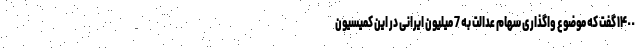
١۴٠٠ گفت که موضوع واگذاری سهام عدالت به 7 میلیون ایرانی در این کمیسیون